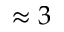
\approx 3